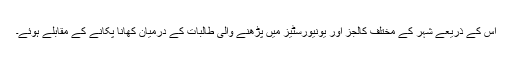
اس کے ذریعے شہر کے مختلف کالجز اور یونیورسٹیز میں پڑھنے والی طالبات کے درمیان کھانا پکانے کے مقابلے ہوئے۔